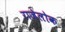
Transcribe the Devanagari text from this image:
राजेलोक